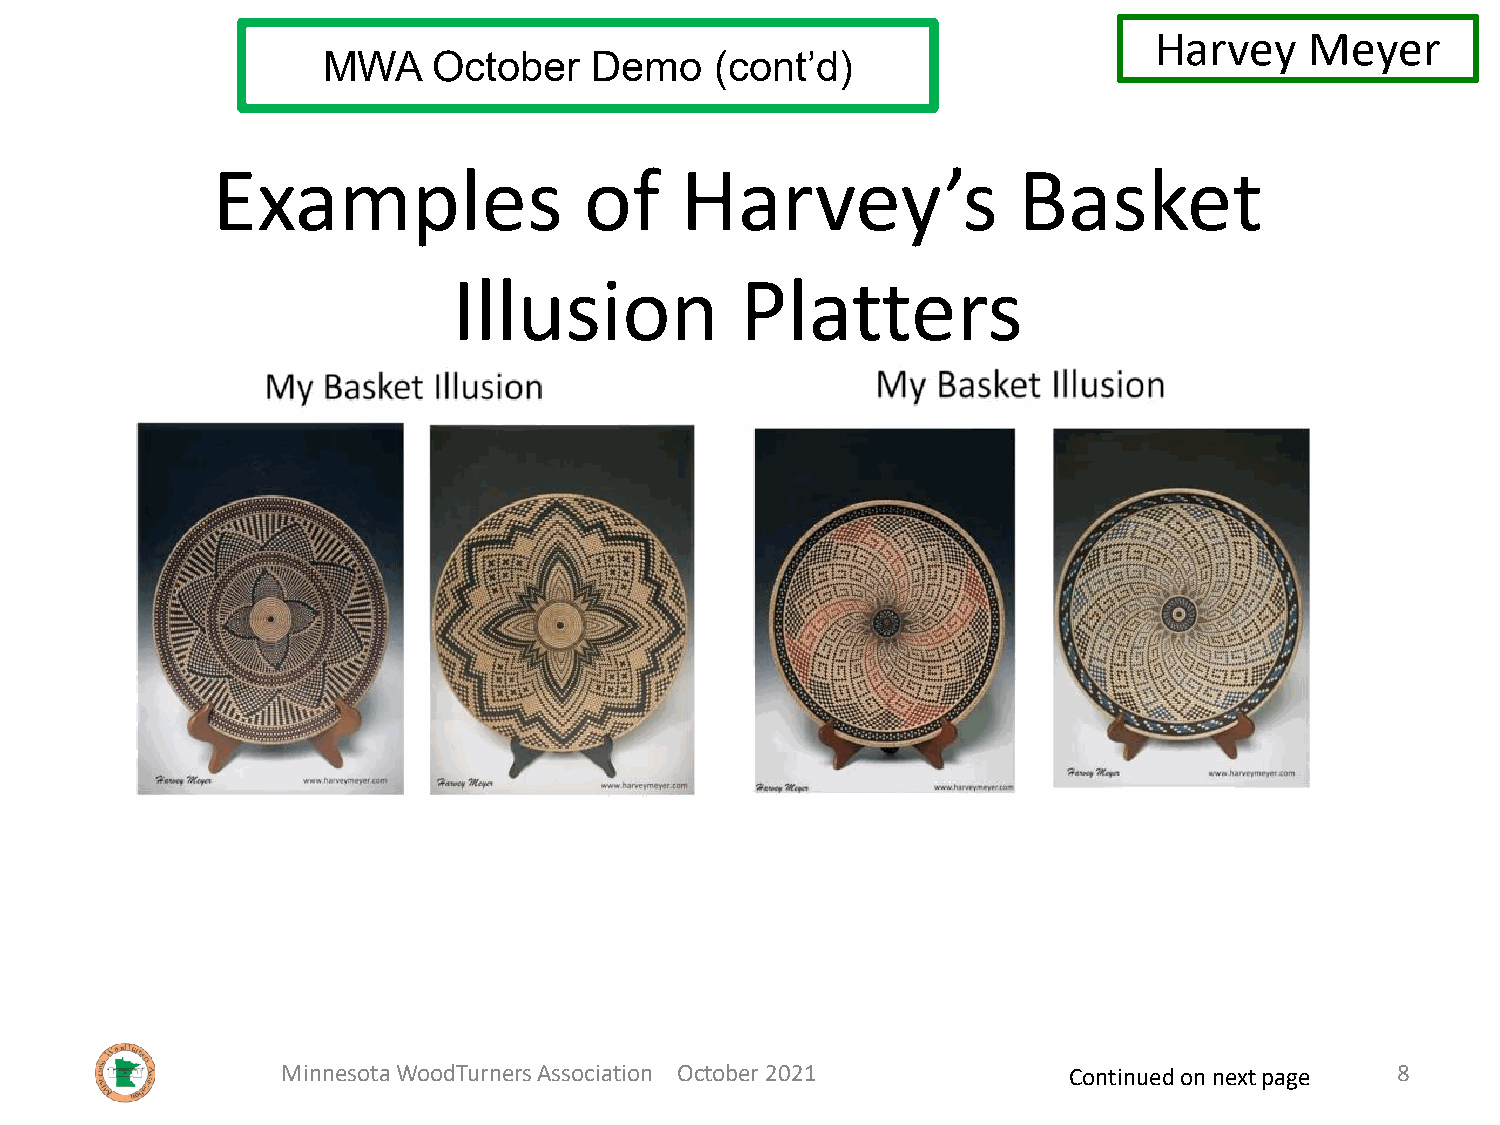
Harvey     Meyer
 MWA     October   Demo    (cont’d)
 Examples                 of    Harvey’s              Basket
 Illusion           Platters
 Minnesota WoodTurners Association October 2021      Continued on next page 8